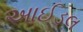
આઈડલ